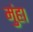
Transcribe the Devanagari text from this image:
मुंहा